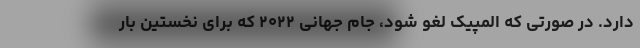
دارد. در صورتی که المپیک لغو شود، جام جهانی ۲۰۲۲ که برای نخستین بار